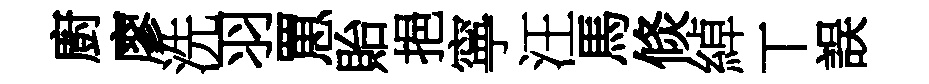
廚廖洗羽罳貽挹寧汪馬倐綽丅誤